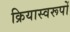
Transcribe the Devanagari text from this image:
क्रियास्वरूपों